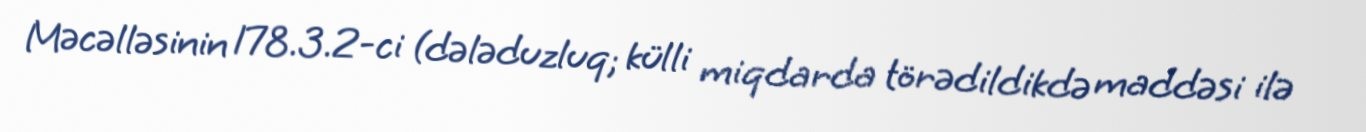
Məcəlləsinin 178.3.2-ci (dələduzluq; külli miqdarda törədildikdə maddəsi ilə